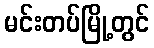
မင်းတပ်မြို့တွင်